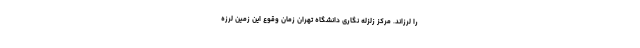
را لرزاند. مرکز زلزله نگاری دانشگاه تهران زمان وقوع این زمین لرزه